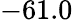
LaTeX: -61.0